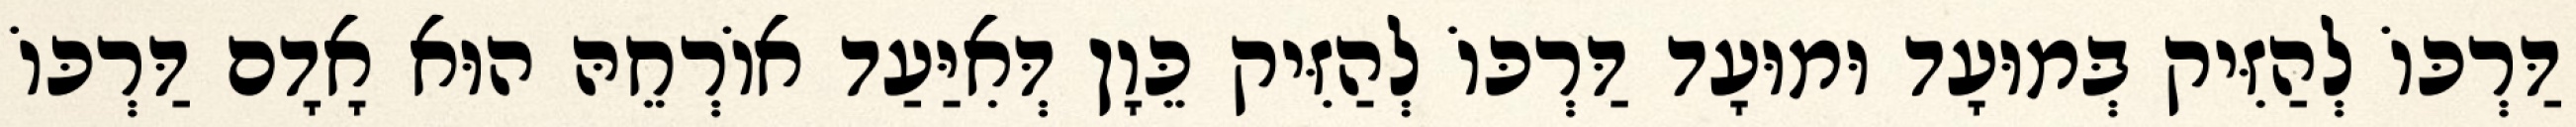
דַּרְכּוֹ לְהַזִּיק בְּמוּעָד וּמוּעָד דַּרְכּוֹ לְהַזִּיק כֵּוָן דְּאִיַּעַד אוֹרְחֵהּ הוּא אָדָם דַּרְכּוֹ